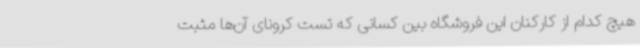
هیچ کدام از کارکنان این فروشگاه بین کسانی که تست کرونای آن‌ها مثبت